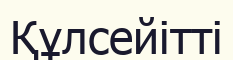
Құлсейітті